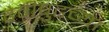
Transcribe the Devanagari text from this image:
देवीपुढच्या